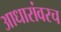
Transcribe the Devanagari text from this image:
आधारांवरच